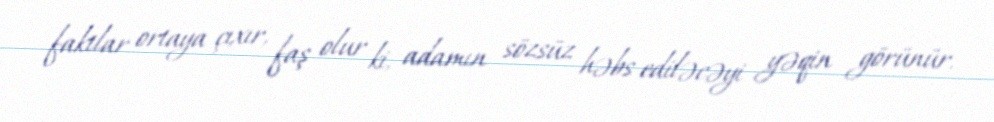
faktlar ortaya çıxır, faş olur ki, adamın sözsüz həbs ediləcəyi yəqin görünür.